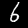
Digit: 6